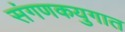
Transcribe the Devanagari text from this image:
संगणकयुगात